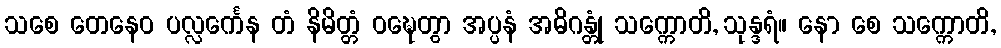
သစေ တေနေဝ ပလ္လင်္ကေန တံ နိမိတ္တံ ဝဍ္ဎေတွာ အပ္ပနံ အဓိဂန္တုံ သက္ကောတိ, သုန္ဒရံ။ နော စေ သက္ကောတိ,